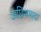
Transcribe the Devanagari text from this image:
ऊछियमादा